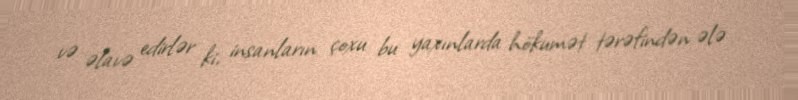
və əlavə edirlər ki, insanların çoxu bu yaxınlarda hökumət tərəfindən ələ